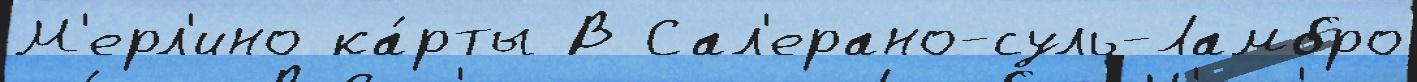
М'ерл'ино ка́рты В Сал'ерано-суль-Ламбро